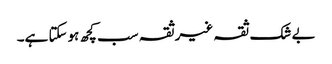
بے شک ثقہ غیرثقہ سب کچھ ہوسکتا ہے۔